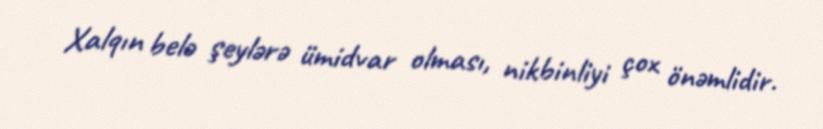
Xalqın belə şeylərə ümidvar olması, nikbinliyi çox önəmlidir.